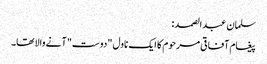
سلمان عبدالصمد:
پیغام آفاقی مرحوم کا ایک ناول "دوست" آنے والا تھا۔